Annual report on the working of the mental hospitals in the Madras Presidency - 1912-1932
Year: 1912
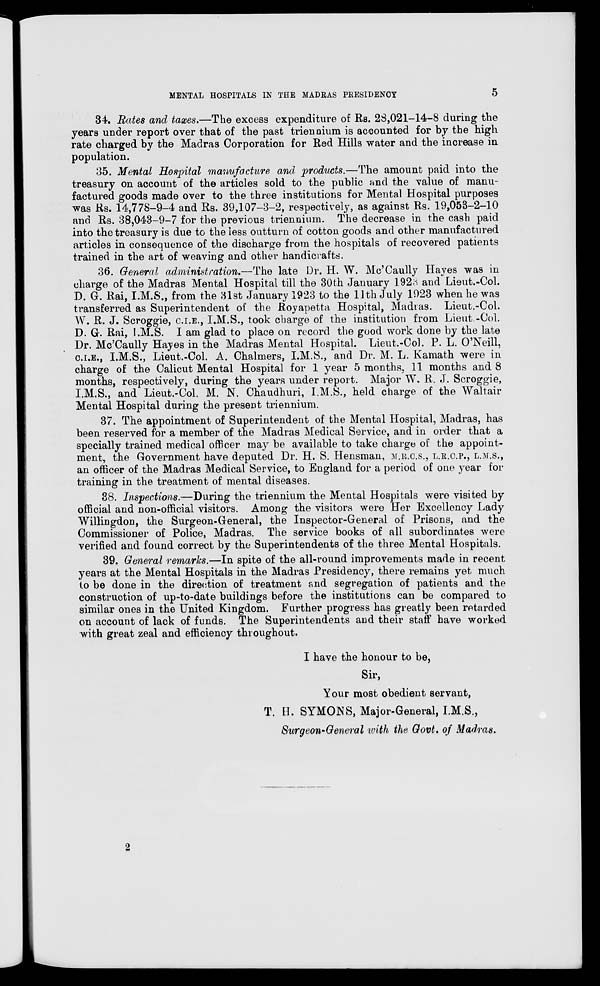
MENTAL HOSPITALS IN THE MADRAS PRESIDENCY
5
34. Rates and taxes.—The excess expenditure of Rs. 28,021-14-8 during the
years under report over that of the past triennium is accounted for by the high
rate charged by the Madras Corporation for Red Hills water and the increase in
population.
35. Mental Hospital manufacture and products.—The amount paid into the
treasury on account of the articles sold to the public and the value of manu-
factured goods made over to the three institutions for Mental Hospital purposes
was Rs. 14,778-9-4 and Rs. 39,107-3-2, respectively, as against Rs. 19,053-2-10
and Rs. 38,043-9-7 for the previous triennium. The decrease in the cash paid
into the treasury is due to the less outturn of cotton goods and other manufactured
articles in consequence of the discharge from the hospitals of recovered patients
trained in the art of weaving and other handicrafts.
36. General administration.—The late Dr. H. W. Mc'Caully Hayes was in
charge of the Madras Mental Hospital till the 30th January 1923 and Lieut.-Col.
D. G. Rai, I.M.S., from the 31st January 1923 to the 11th July 1923 when he was
transferred as Superintendent of the Royapetta Hospital, Madras. Lieut.-Col.
W. R. J. Scroggie, C.I.E., I.M.S., took charge of the institution from Lieut -Col.
D. G. Rai, I.M.S. I am glad to place on record the good work done by the late
Dr. Mc'Caully Hayes in the Madras Mental Hospital. Lieut.-Col. P. L. O'Neill,
C.I.E., I.M.S., Lieut.-Col. A. Chalmers, I.M.S., and Dr. M. L. Kamath were in
charge of the Calicut Mental Hospital for 1 year 5 months, 11 months and 8
months, respectively, during the years under report. Major W. R. J. Scroggie,
I.M.S., and Lieut.-Col. M. N. Chaudhuri, I.M.S., held charge of the Waltair
Mental Hospital during the present triennium.
37. The appointment of Superintendent of the Mental Hospital, Madras, has
been reserved for a member of the Madras Medical Service, and in order that a
specially trained medical officer may be available to take charge of the appoint-
ment, the Government have deputed Dr. H. S. Hensman, M.R.C.S.,L.R.C.P., L.M.S.,
an officer of the Madras Medical Service, to England for a period of one year for
training in the treatment of mental diseases.
38. Inspections.—During the triennium the Mental Hospitals were visited by
official and non-official visitors. Among the visitors were Her Excellency Lady
Willingdon, the Surgeon-General, the Inspector-General of Prisons, and the
Commissioner of Police, Madras. The service books of all subordinates were
verified and found correct by the Superintendents of the three Mental Hospitals.
39. General remarks.—In spite of the all-round improvements made in recent
years at the Mental Hospitals in the Madras Presidency, there remains yet much
to be done in the direction of treatment and segregation of patients and the
construction of up-to-date buildings before the institutions can be compared to
similar ones in the United Kingdom. Further progress has greatly been retarded
on account of lack of funds. The Superintendents and their staff have worked
with great zeal and efficiency throughout.
I have the honour to be,
Sir,
Your most obedient servant,
T. H. SYMONS, Major-General, I.M.S.,
Surgeon-General with the Govt. of Madras.
2